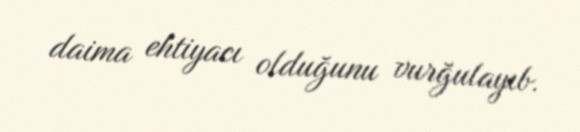
daima ehtiyacı olduğunu vurğulayıb.